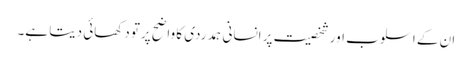
ان کے اسلوب اور شخصیت پر انسانی ہمدردی کا واضح پرتو دکھائی دیتا ہے۔